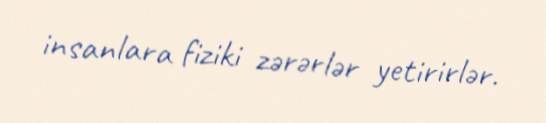
insanlara fiziki zərərlər yetirirlər.